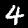
Digit: 4